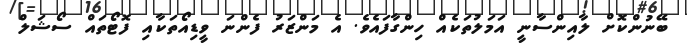
ބޭނުންކޮށް ލާއިންސާނީ އަމަލުތަކެއް ހިންގާފައެވެ. އެ މަންޒަރު ފެންނަ ވީޑިއޯތަކާއި ފޮޓޯތައް ސޯޝަލް